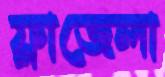
ফ্লাজেলা